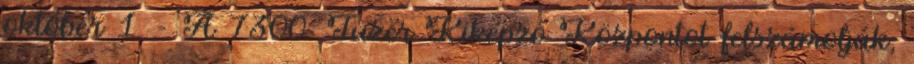
október 1. – A 7300. Tüzér Kiképző Központot felszámolják,